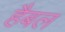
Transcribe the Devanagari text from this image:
हैबल